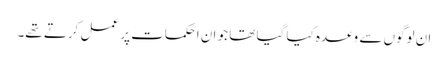
ان لوگوں سے وعدہ کیا گیا تھا جو ان احکمات پر عمل کرتے تھے۔